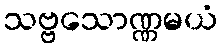
သဗ္ဗသောဏ္ဏမယံ